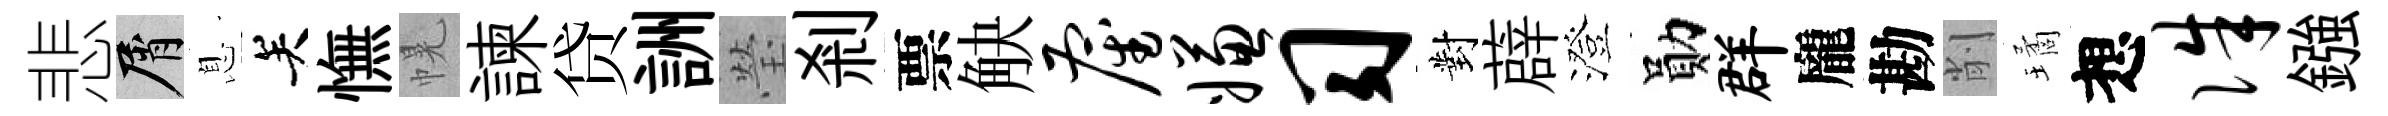
悲屑息关憮幌諫贷詶瑩剎票觖雇嫌习對薜澄勛群龐勘削璚想侏鏹